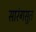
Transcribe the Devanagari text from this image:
सारंगसुत